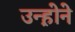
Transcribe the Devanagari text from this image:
उन्ह़ोने